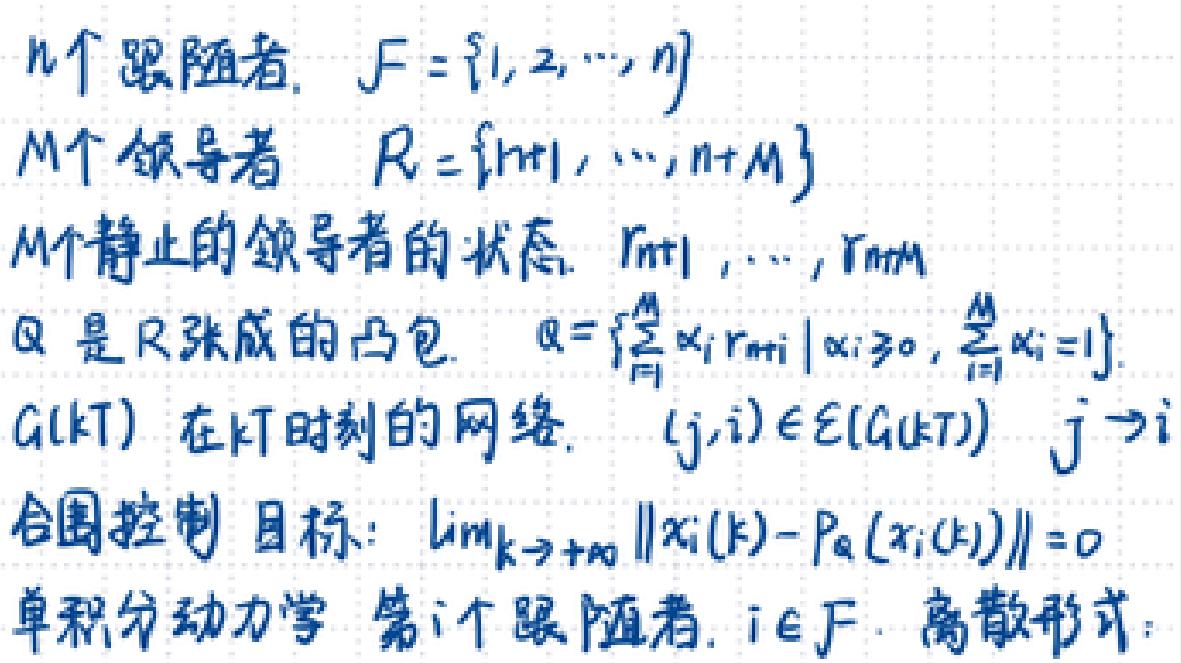
\(n\)个追随者，\(F=\{f_1,f_2,\cdots,f_n\}\)
\(M\)个领导者 \(R=\{r_{m1},\cdots,r_{m+M}\}\)
\(M\)个静止的领导者的状态 \(r_{m1},\cdots,r_{mM}\)
\(\mathcal{Q}\)是\(R\)张成的凸包，\(\mathcal{Q}=\left\{\sum_{i=1}^M x_ir_{mi}\mid x_i\geq 0,\sum_{i=1}^M x_i=1\right\}\)
\(Gl(kT)\)在\(kT\)时刻的网络，\((g,j,i)\in E(Gl(kT))\quad j\to i\)
合围控制目标：\(\lim_{k\to+\infty}\|x_i(k)-P_a(x_i(k))\|=0\)
单积分动力学 第\(i\)个跟随者，\(i\in F\)，离散形式：